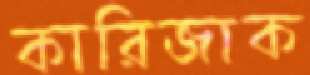
কারিজাক